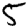
Digit: 5